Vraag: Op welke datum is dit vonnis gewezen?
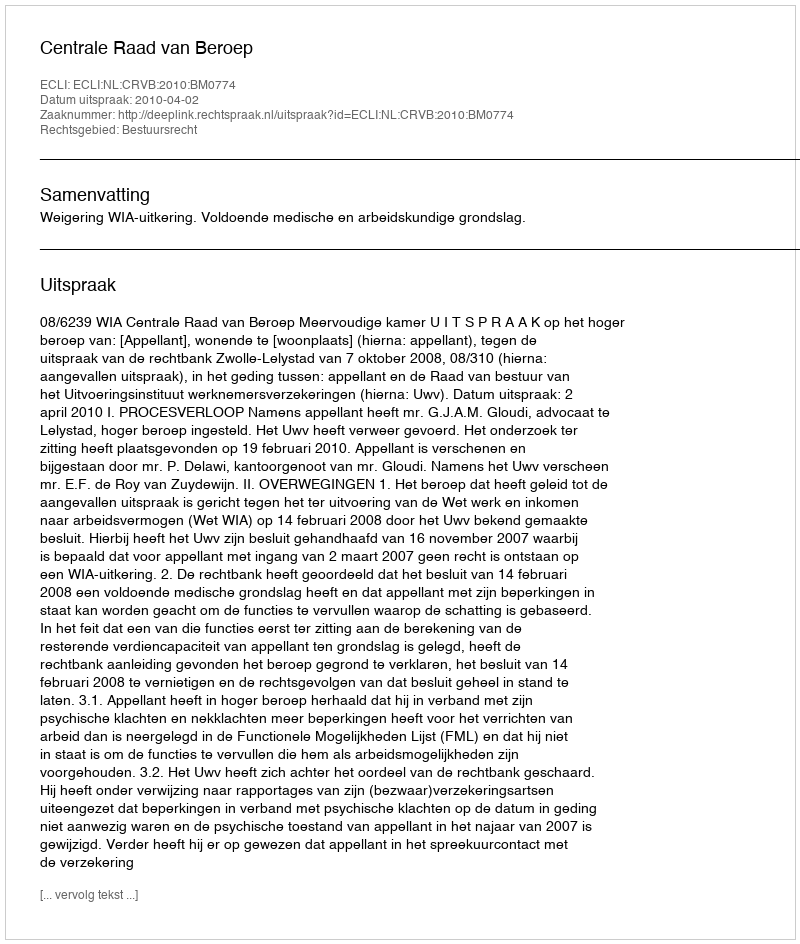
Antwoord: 2010-04-02